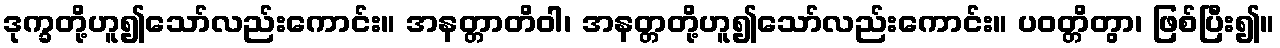
ဒုက္ခတို့ဟူ၍သော်လည်းကောင်း။ အနတ္တာတိဝါ၊ အနတ္တတို့ဟူ၍သော်လည်းကောင်း။ ပဝတ္တိတွာ၊ ဖြစ်ပြီး၍။